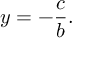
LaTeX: y = - { \frac { c } { b } } .